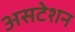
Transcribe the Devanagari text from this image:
असटेशन